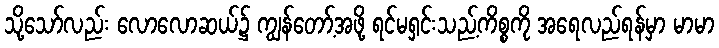
သို့သော်လည်း လောလောဆယ်၌ ကျွန်တော့်အဖို့ ရင်မရှင်းသည့်ကိစ္စကို အရေလည်ရန်မှာ မာမာ